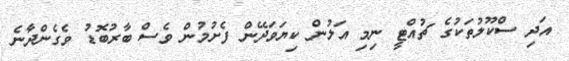
އަދި ސްކޫލުތަކުގެ ޗުއްޓީ ނިމި އަލުން ކިޔަވަދޭން ފެށުމުން ވެސް ބާރުބޮޑު ވެގެންދާނެ